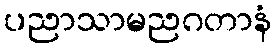
ပညာသာမညဂတာနံ